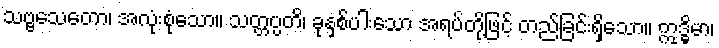
သဗ္ဗသေတော၊ အလုံးစုံသော။ သတ္တပ္ပတိ၊ ခုနှစ်ပါးသော အရပ်တို့ဖြင့် တည်ခြင်းရှိသော။ ဣဒ္ဓိမာ၊